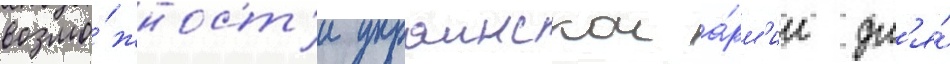
возмо́жност'и украинскои а́рм'ии дл'я́